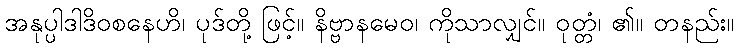
အနုပ္ပါဒါဒိဝစနေဟိ၊ ပုဒ်တို့ ဖြင့်။ နိဗ္ဗာနမေဝ၊ ကိုသာလျှင်။ ဝုတ္တံ၊ ၏။ တနည်း။